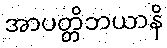
အာပတ္တိဘယာနိ